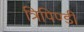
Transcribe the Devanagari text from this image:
त्रिपिण्डी